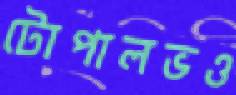
টোপালভও